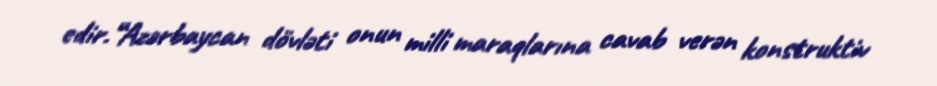
edir.“Azərbaycan dövləti onun milli maraqlarına cavab verən konstruktiv